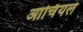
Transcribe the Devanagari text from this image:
आर्चियल